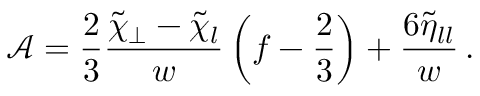
{ \mathcal { A } } = \frac { 2 } { 3 } \frac { \tilde { \chi } _ { \perp } - \tilde { \chi } _ { l } } { w } \left( f - \frac { 2 } { 3 } \right) + \frac { 6 \tilde { \eta } _ { l l } } { w } \, .